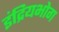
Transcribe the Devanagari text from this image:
इंद्रियभोग